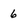
Character: 6